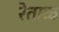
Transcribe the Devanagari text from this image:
रेताळ